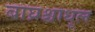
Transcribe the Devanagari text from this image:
बाघ्रश्चाधूल